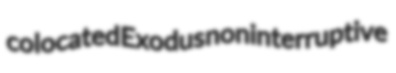
colocated Exodus noninterruptive